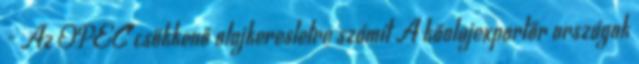
- Az OPEC csökkenő olajkeresletre számít A kőolajexportőr országok